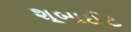
શૂબાઈટ